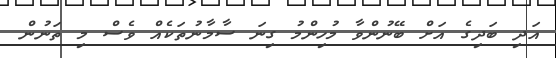
އަދި ބަދިގެ އަށް ބޭނުންވާ މުހިންމު ގިނަ ސާމާނުތަކެއް ވެސް މި ތަނުން